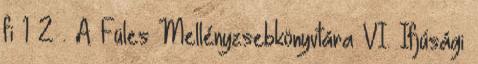
fi 1 2 . A Füles Mellényzsebkönyvtára VI. Ifjúsági